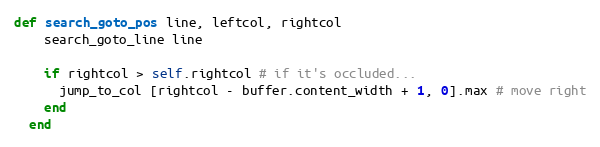
Language: Ruby
def search_goto_pos line, leftcol, rightcol
    search_goto_line line

    if rightcol > self.rightcol # if it's occluded...
      jump_to_col [rightcol - buffer.content_width + 1, 0].max # move right
    end
  end